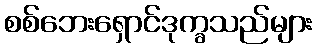
စစ်ဘေးရှောင်ဒုက္ခသည်များ